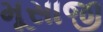
મૂસાજી